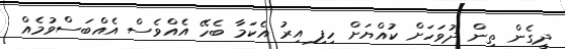
ދީގެން ތިން ދުވަހަށް ކުއްޔަށް ހިފި އިރު އެކަމާ ބެހޭ އެއްވެސް އެއްބަސްވުމެއް